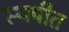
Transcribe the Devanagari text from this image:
स्थपीत